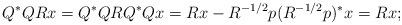
LaTeX: \begin{align*}Q^*QR x= Q^*QRQ^*Q x = Rx - R^{-1/2}p (R^{-1/2}p)^* x = Rx;\end{align*}